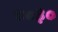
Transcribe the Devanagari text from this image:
८०३०